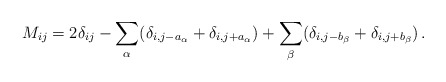
\begin{align*}M_{ij}= 2 \delta_{ij} - \sum_\alpha ( \delta_{i,j-a_\alpha}+ \delta_{i,j+a_\alpha} ) + \sum_\beta ( \delta_{i,j-b_\beta}+ \delta_{i,j+b_\beta} ) \, .\end{align*}